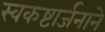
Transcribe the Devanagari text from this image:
स्वकष्टार्जनाने